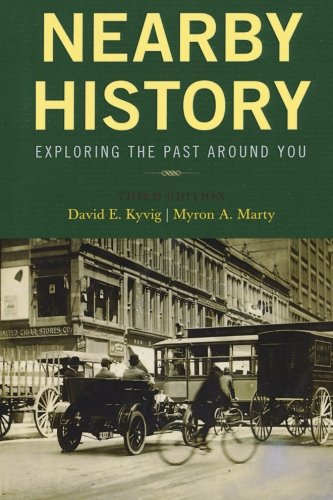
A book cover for Nearby History: Exploring the Past Around You (American Association for State and Local History); David E. Kyvig; History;